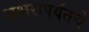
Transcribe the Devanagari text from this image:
अक्षरापर्यंतचे